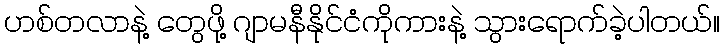
ဟစ်တလာနဲ့ တွေဖို့ ဂျာမနီနိုင်ငံကိုကားနဲ့ သွားရောက်ခဲ့ပါတယ်။